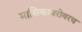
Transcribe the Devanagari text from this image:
मासिकाबरोबरच